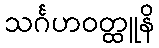
သင်္ဂဟဝတ္ထူနိ